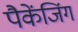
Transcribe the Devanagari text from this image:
पैकेंजिंग